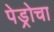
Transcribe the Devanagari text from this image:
पेड्रोचा